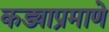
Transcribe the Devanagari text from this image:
कड्याप्रमाणे